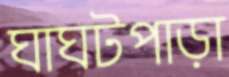
ঘাঘটপাড়া